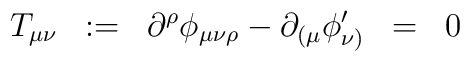
T_{\mu\nu} \;\; :=\;\; \partial^{\rho} \phi_{\mu\nu\rho} - \partial_{( \mu} \phi^{\prime}_{\nu )} \;\; =\;\; 0